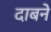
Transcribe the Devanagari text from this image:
दाबने